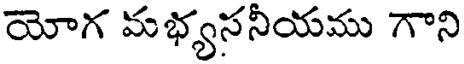
యోగ మభ్యసనీయము గాని